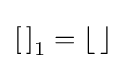
\left[\,\right]_{1}=\left\lfloor \,\right\rfloor